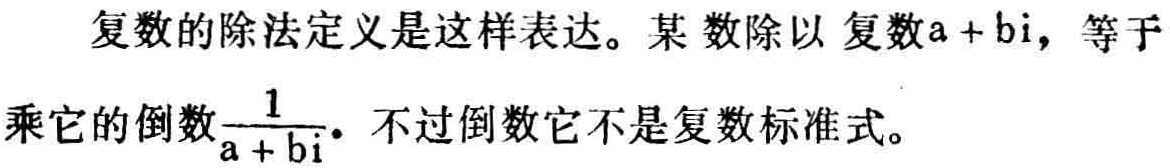
复数的除法定义是这样表达。某数除以复数\(a + bi\)，等于乘它的倒数\(\frac{1}{a + bi}\)。不过倒数它不是复数标准式。